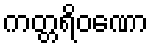
ကတ္တရိဝဏော